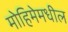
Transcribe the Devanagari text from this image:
मोहिमेमधील